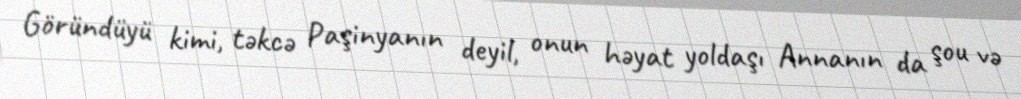
Göründüyü kimi, təkcə Paşinyanın deyil, onun həyat yoldaşı Annanın da şou və